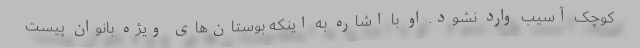
کوچک آسیب وارد نشود. او با اشاره به اینکه بوستان‌های ویژه بانوان پیست